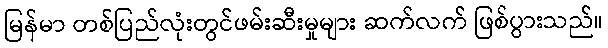
မြန်မာ တစ်ပြည်လုံးတွင်ဖမ်းဆီးမှုများ ဆက်လက် ဖြစ်ပွားသည်။